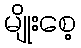
မျိုးစေ့